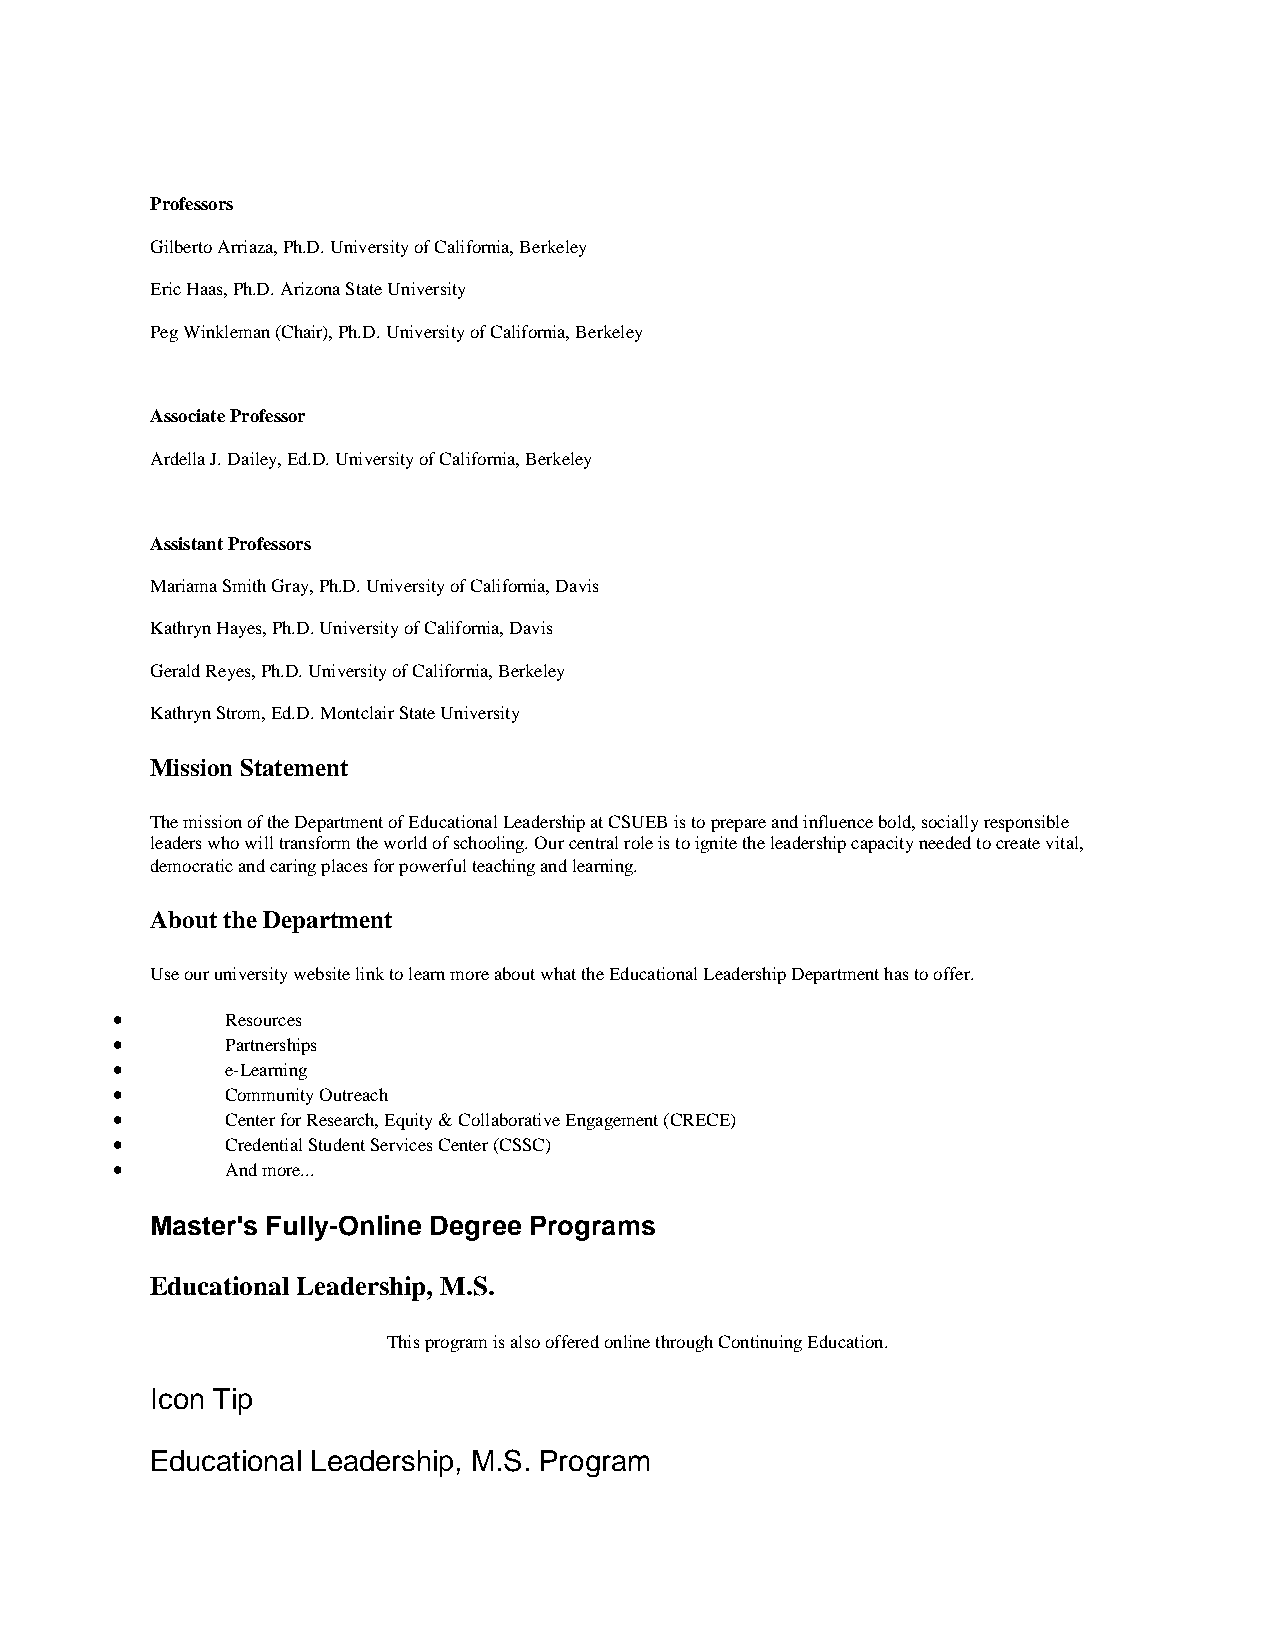
Professors
 Gilberto Arriaza, Ph.D. University of California, Berkeley
 Eric Haas, Ph.D. Arizona State University
 Peg Winkleman (Chair), Ph.D. University of California, Berkeley
 Associate Professor
 Ardella J. Dailey, Ed.D. University of California, Berkeley
 Assistant Professors
 Mariama Smith Gray, Ph.D. University of California, Davis
 Kathryn Hayes, Ph.D. University of California, Davis
 Gerald Reyes, Ph.D. University of California, Berkeley
 Kathryn Strom, Ed.D. Montclair State University
 Mission Statement
 The mission of the Department of Educational Leadership at CSUEB is to prepare and influence bold, socially responsible
 leaders who will transform the world of schooling. Our central role is to ignite the leadership capacity needed to create vital,
 democratic and caring places for powerful teaching and learning.
 About the Department
 Use our university website link to learn more about what the Educational Leadership Department has to offer.
 •       Resources
 •       Partnerships
 •       e-Learning
 •       Community Outreach
 •       Center for Research, Equity & Collaborative Engagement (CRECE)
 •       Credential Student Services Center (CSSC)
 •       And more...
 Master's Fully-Online Degree Programs
 Educational Leadership, M.S.
 This program is also offered online through Continuing Education.
 Icon Tip
 Educational Leadership, M.S. Program